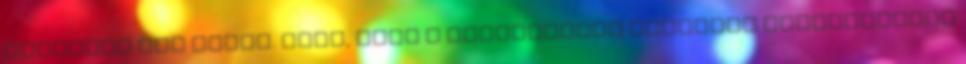
szövegét sem tudva. Most, hogy a dalszövegét álmomból felébresztve